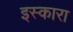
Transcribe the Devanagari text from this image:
इस्कारा